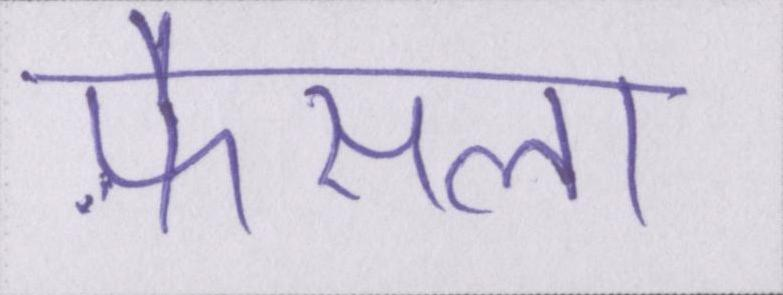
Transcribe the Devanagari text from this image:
फ़ैसला